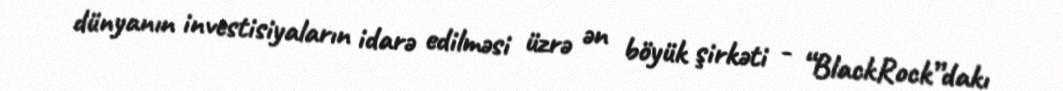
dünyanın investisiyaların idarə edilməsi üzrə ən böyük şirkəti - “BlackRock”dakı